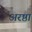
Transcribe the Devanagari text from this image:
अरष्ठा